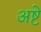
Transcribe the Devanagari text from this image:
अष्टे